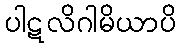
ပါဋလိဂါမိယာပိ